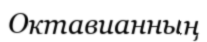
Октавианның